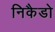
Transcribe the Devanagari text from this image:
निकैडो